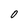
Character: 0